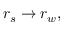
r _ { s } \rightarrow r _ { w } ,